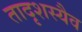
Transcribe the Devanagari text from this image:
तादृशस्यैव